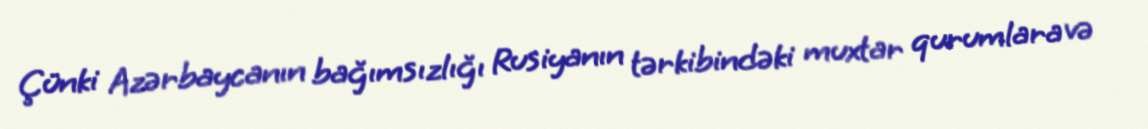
Çünki Azərbaycanın bağımsızlığı Rusiyanın tərkibindəki muxtar qurumlara və